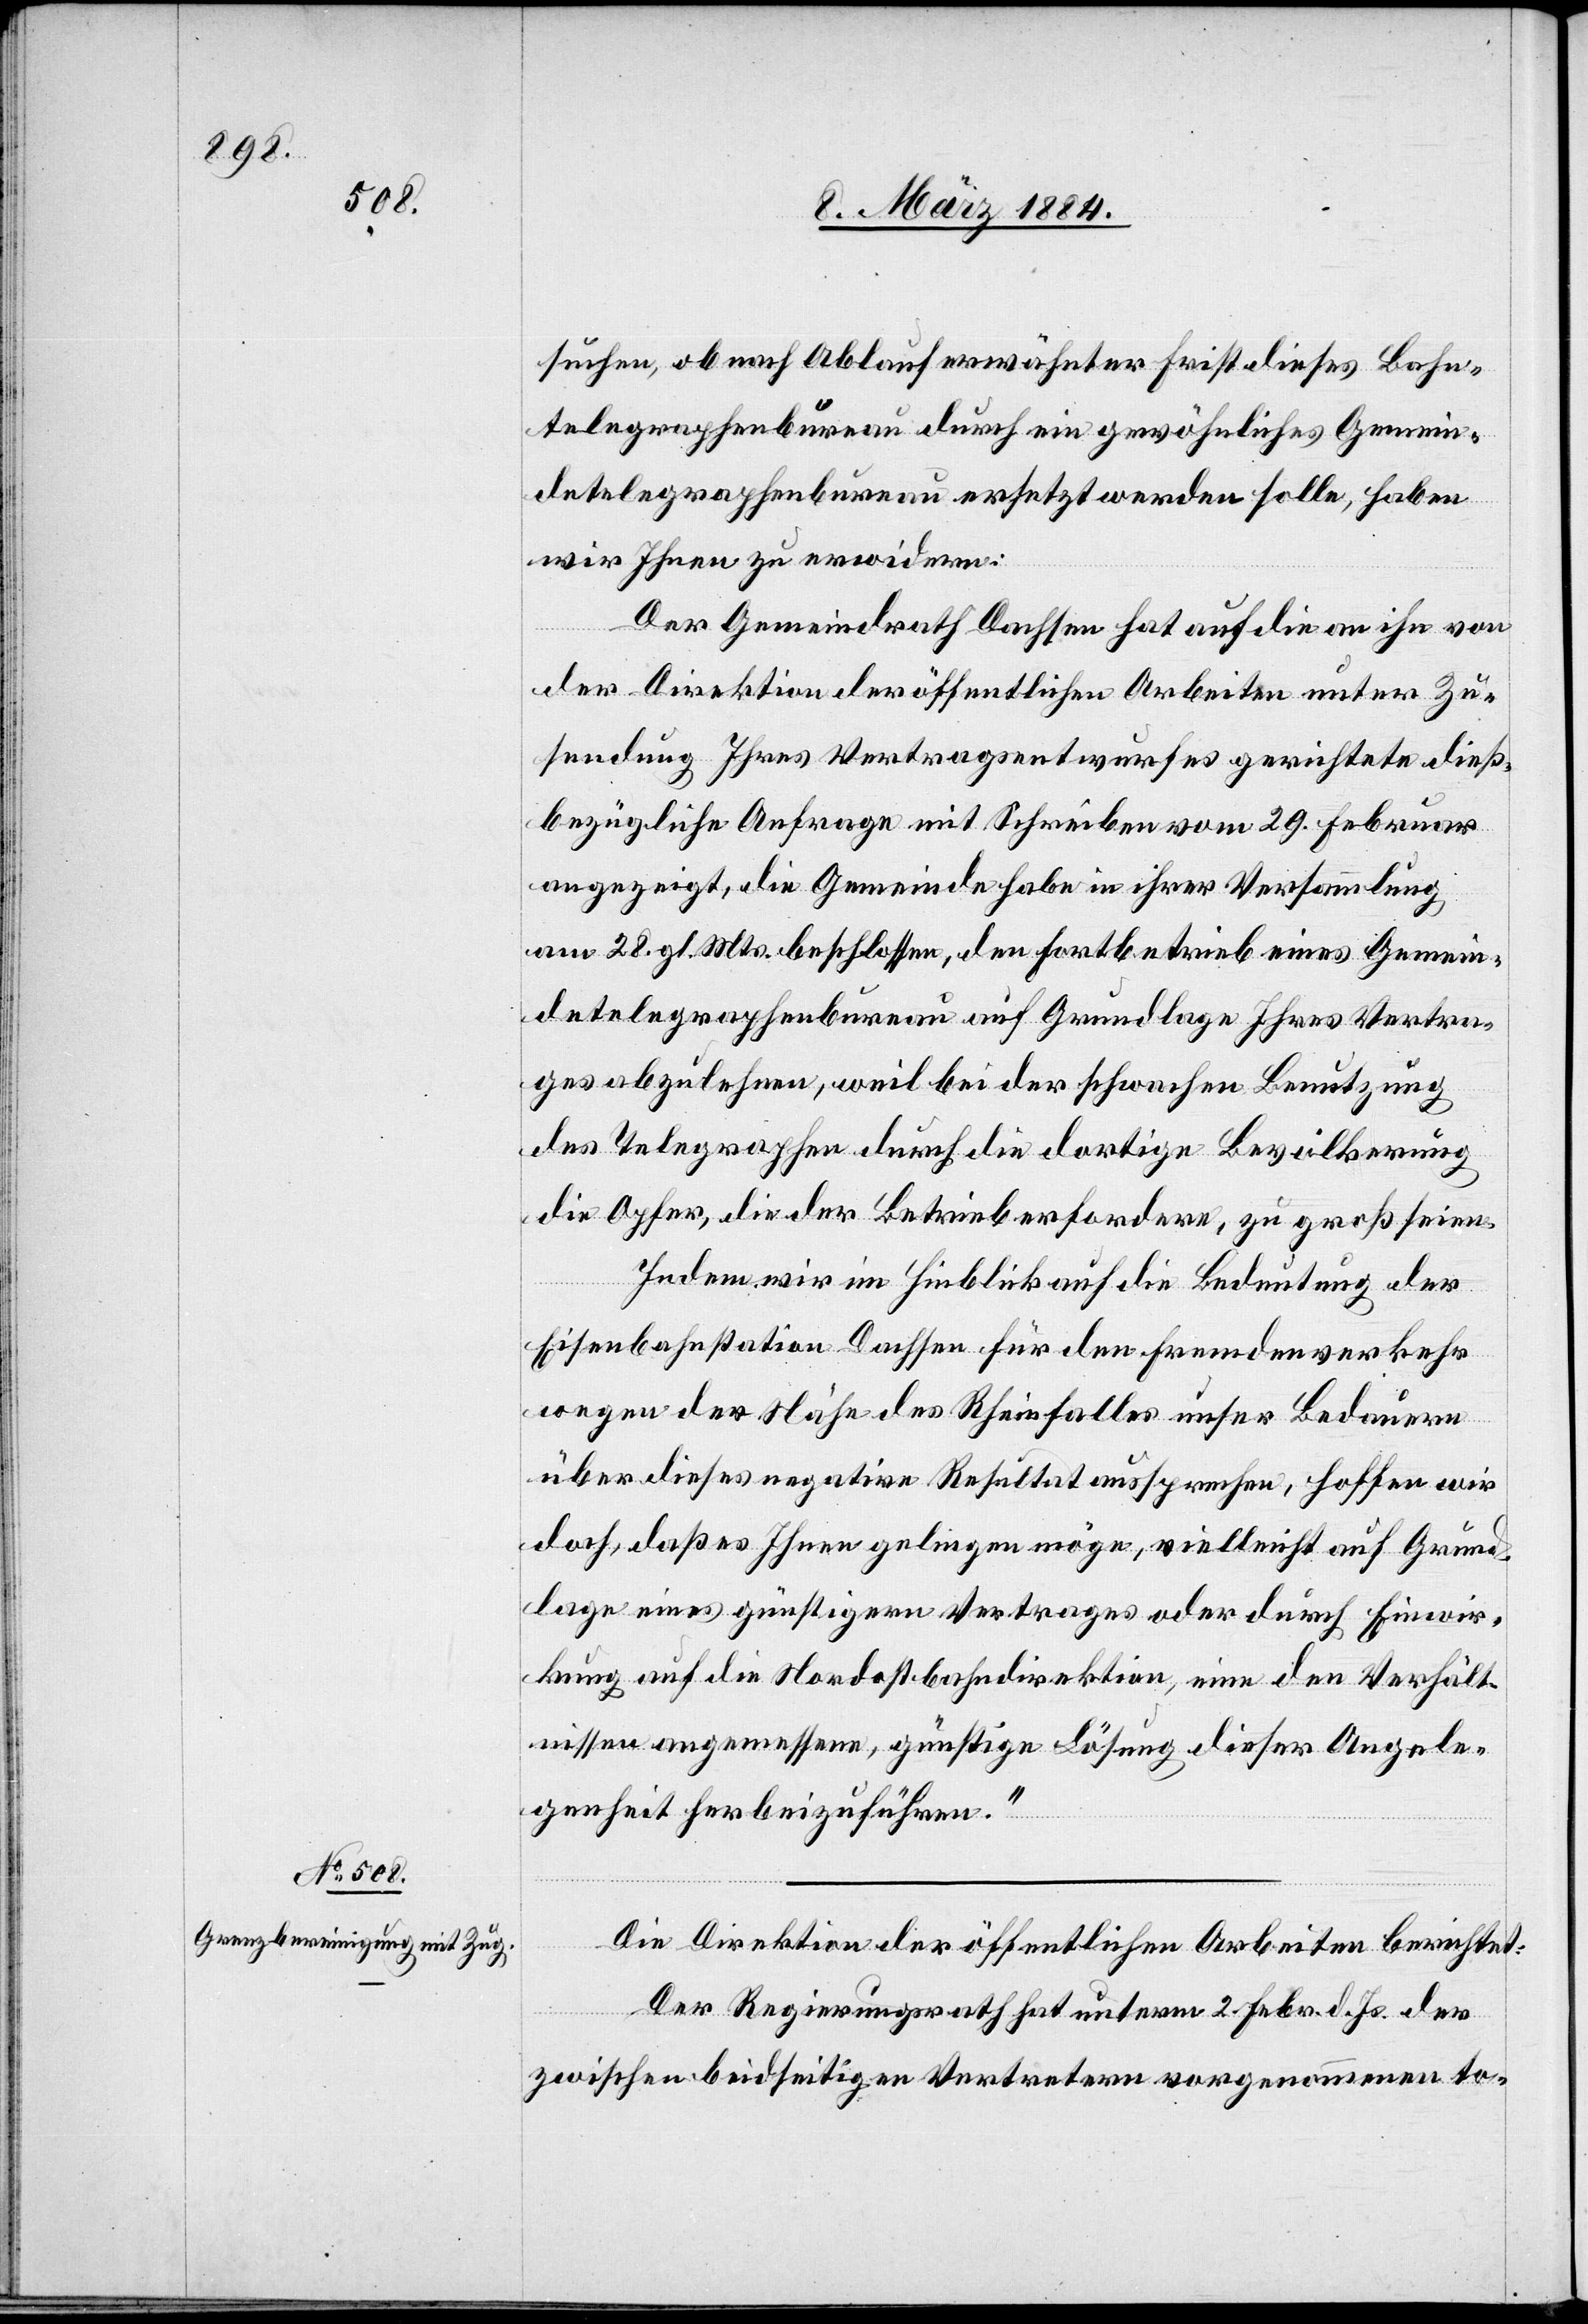
suchen, ob nach Ablauf erwähnter Frist dieses Bahn¬
telegraphenbureau durch ein gewöhnliches Gemein¬
detelegraphenbureau ersetzt werden solle, haben
wir Ihnen zu erwidern:
Der Gemeinderath Dachsen hat auf die an ihn von
der Direktion der öffentlichen Arbeiten unter Zu¬
sendung Ihres Vertragsentwurfes gerichtete dieß¬
bezügliche Anfrage mit Schreiben vom 29. Februar
angezeigt, die Gemeinde habe in ihrer Versammlung,
am 28. gl. Mts. beschlossen, den Fortbetrieb eines Gemein¬
detelegraphenbureau auf Grundlage Ihres Vertra¬
ges abzulehnen, weil bei der schwachen Benutzung
des Telegraphen durch die dortige Bevölkerung
die Opfer, die der Betrieb erfordere, zu groß seien.
Indem wir im Hinblick auf die Bedeutung der
Eisenbahnstation Dachsen für den Fremdenverkehr
wegen der Nähe des Rheinfalles unser Bedauern
über dieses negative Resultat aussprechen, hoffen wir
doch, daß es Ihnen gelingen möge, vielleicht auf Grund¬
lage eines günstigern Vertrages oder durch Einwir¬
kung auf die Nordostbahndirektion, eine den Verhält¬
nissen angemessene, günstige Lösung dieser Angele¬
genheit herbeizuführen.“
Die Direktion der öffentlichen Arbeiten berichtet:
Der Regierungsrath hat unterm 2. Febr. d. Js. der
zwischen beidseitigen Vertretern vorgenommenen to-